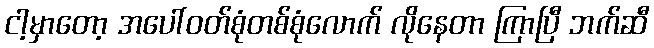
ငါ့မှာတော့ အပေါ်ဝတ်စုံတစ်စုံလောက် လိုနေတာ ကြာပြီ ဘက်ဆီ